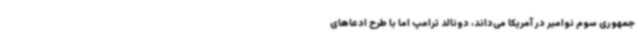
جمهوری سوم نوامبر در آمریکا می‌داند، دونالد ترامپ اما با طرح ادعاهای